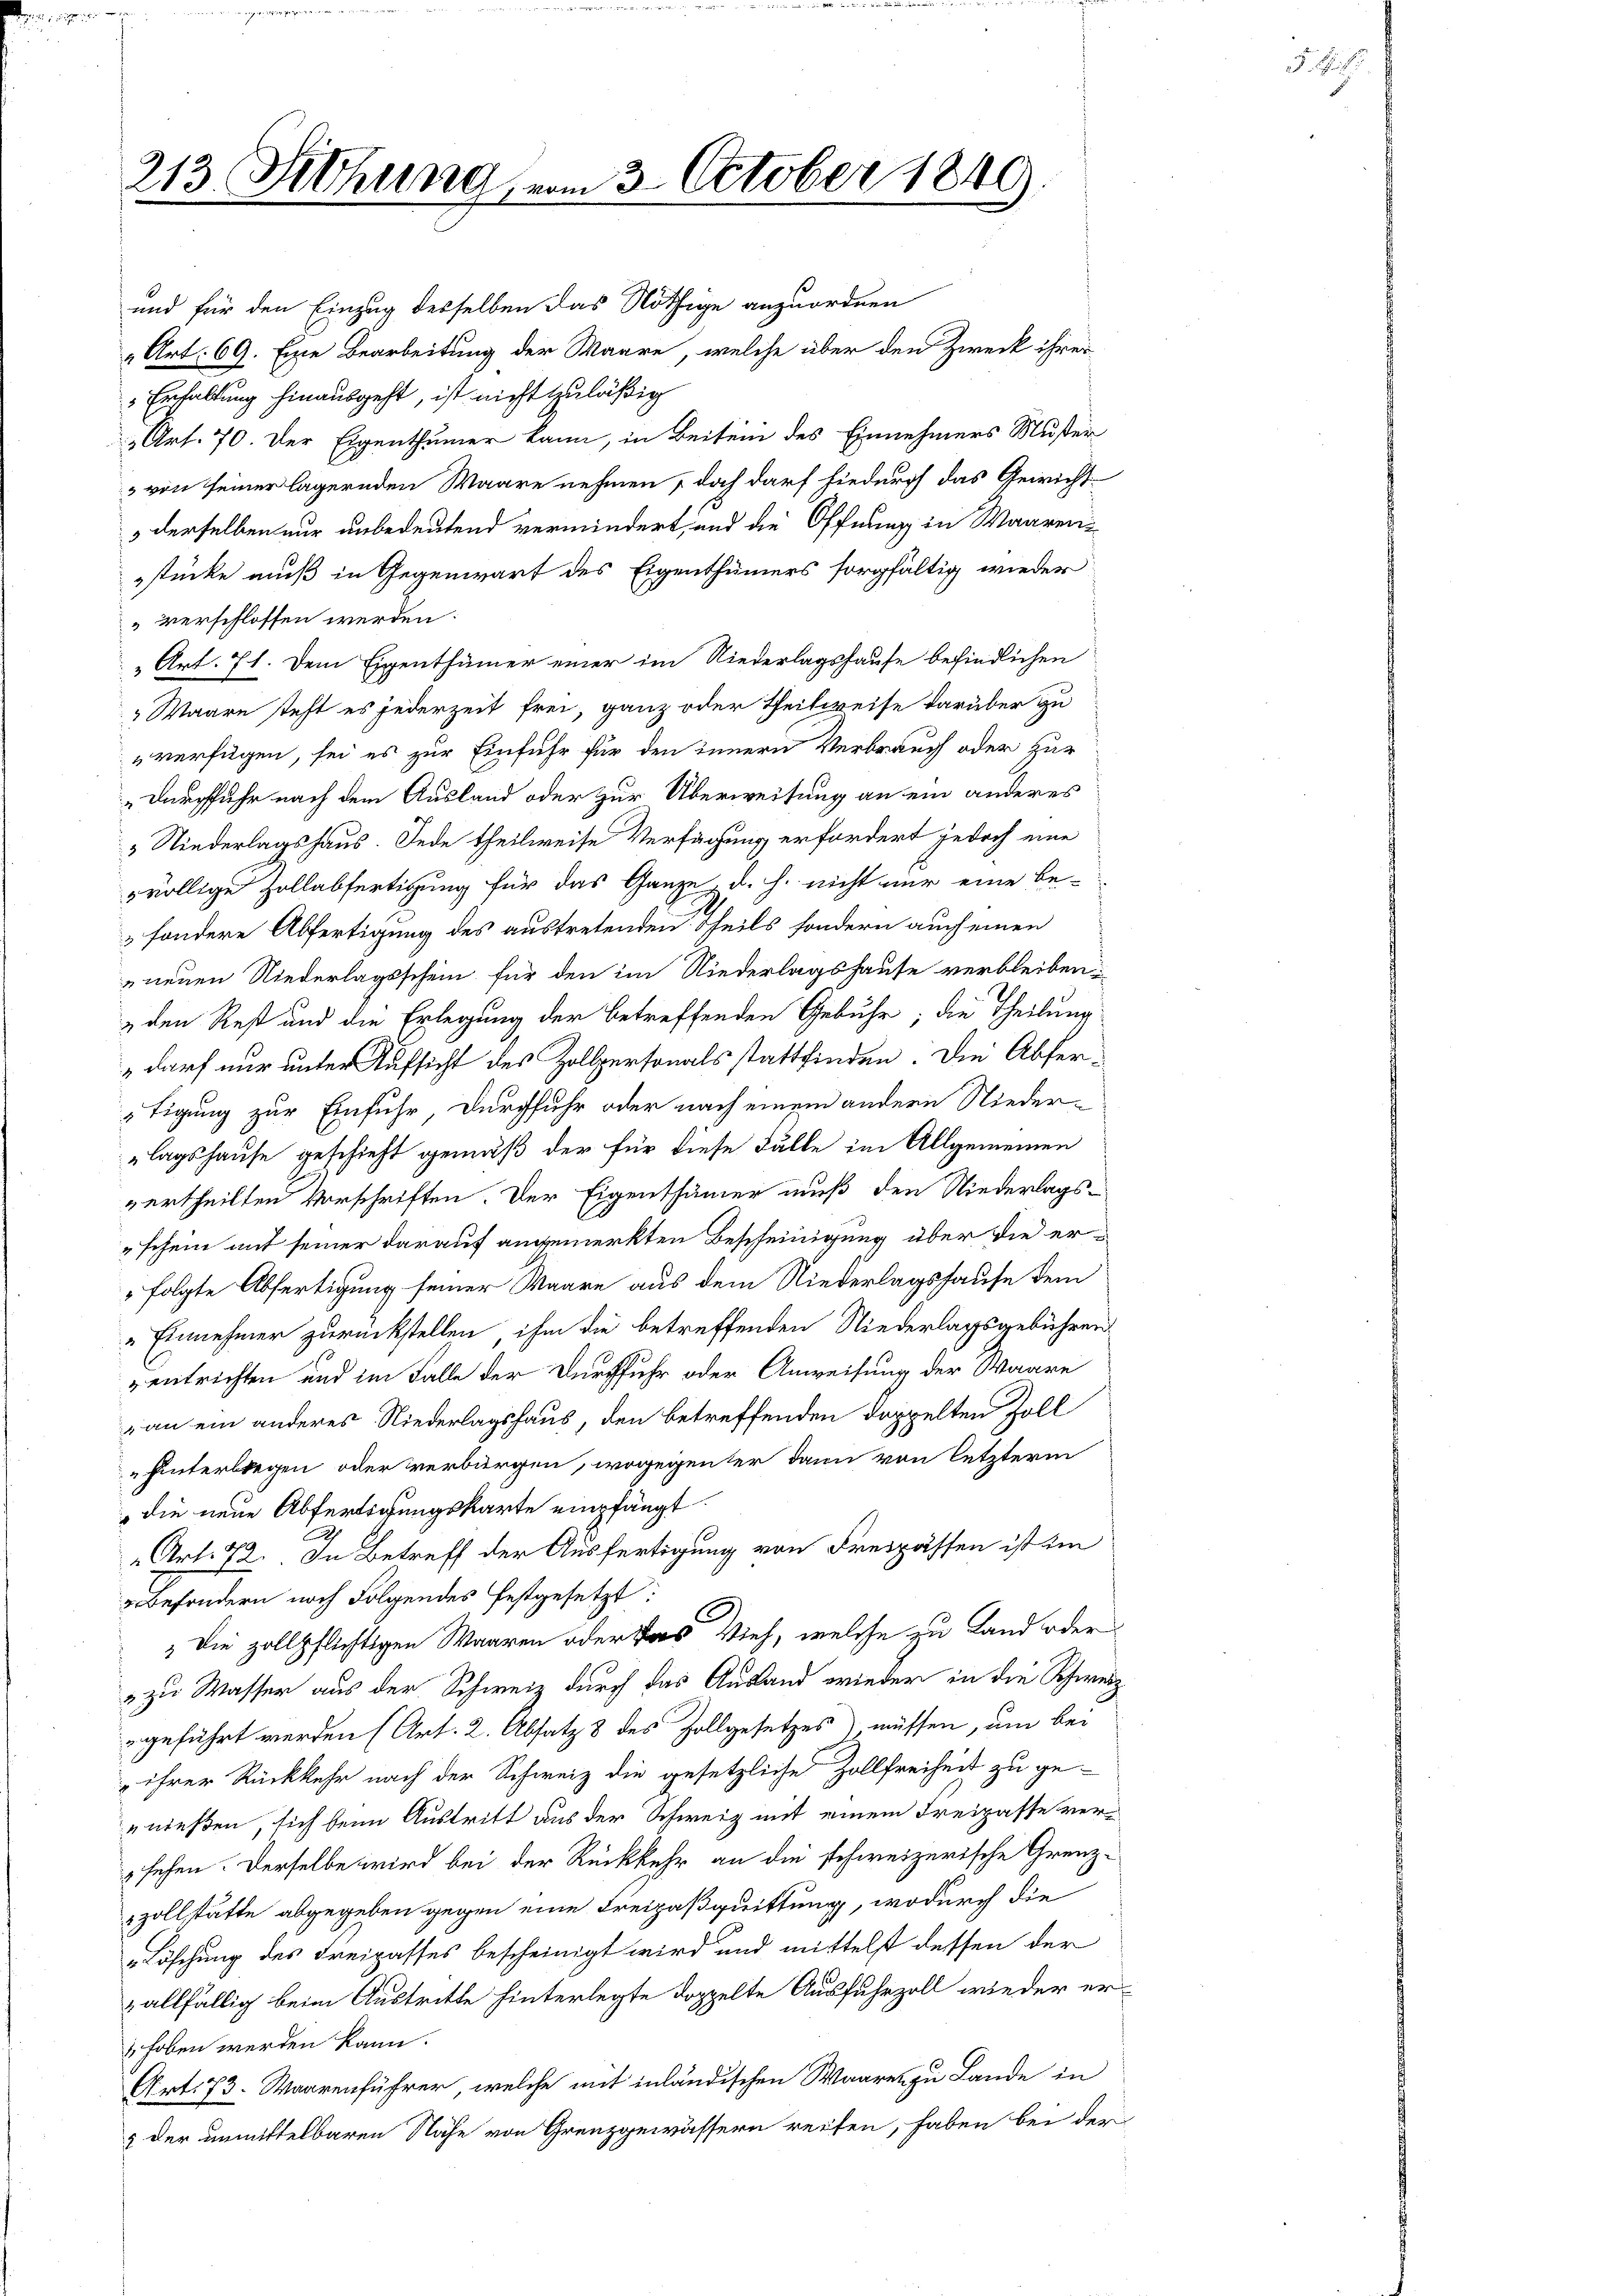
213. Sitzung

und für den Einzug desselben das Nöthige anzuordnen
„Art. 69. Eine Bearbeitung der Waare, welche über den Zweck ihrer
Erhaltung hinausgeht, ist nicht zuläßig
Art. 70. Der Eigenthümer kann, in Beitein des Einnehmers Muster
3 von seiner lägernden Waare nehmen, doch darf hiedurch das Gewicht
derselben nur unbedeutend vermindert, und die Öffnung in Waarenstücke muß in Gegenwart des Eigenthümers sorgfältig wieder
verschlossen werden:
„Art. 71. Dem Eigenthümer einer im Niederlagshause befindlichen
Waare steht es jederzeit frei, ganz oder Theilweise darüber zu
verfügen, sei es zur Einfuhr für den innern Verbrauch oder zur
„Durchfuhr nach dem Ausland oder zur Überweisung an ein anderes
 Niederlagshaus. Jede theilweise Verfügung erfordert jedoch eine
völlige Zollabfertigung für das Ganze, d. h. nicht nur eine be-
sondere Abfertigung des austretenden Theils sondern auch einen
neuen Niederlagsschein für den im Niederlagshause verbleiben:
„den Rest und die Erlegung der betreffenden Gebühr; die Theilung
„darf nur unter Aufsicht des Zollpersonalsstattfinden die Abfer-
tigung zur Einfuhr Durchfuhr oder nach einem andern Niederlagshause geschieht gemäß der für diese Fälle im Allgemeinen
vertheilten Vorschriften. Der Eigenthümer muß den Niederlags-
"schein mit seiner darauf angemerkten Bescheinigung über die erfolgte Abfertigung seiner Waare aus dem Niederlagshause dem
"Einnehmer zurückstellen, ihm die betreffenden Niederlagsgebühren
zentrichten und im Falle der Durchfuhr oder Anweisung der Waare
an ein anderes Niederlagshaus, den betreffenden doppelten Zoll
hinterliegen oder verbürgen, wogegen ter dann von letzterm
 die neue Abfertigungskarte empfängt.
.
„Art. 72. In Betreff der Ausfertigung von Freipassen ist im
besondern noch Folgendes festgesetzt:
Die zollpflichtigen Waaren oder das Vieh, welche zu Land oder
„zu Wasser aus der Schweiz durch das Ausland wieder in die Schweiz
geführt werden (Art. 2. Absatz 3 des Zollgesetzes müssen, um bei
ihrer Rückkehr nach der Schweiz die gesetzliche Zollfreiheit zu ge-
enießen, sich beim Austritt aus der Schweiz mit einem Freipasse versehen. Derselbe wird bei der Rückkehr an die schweizerische Grenz-
zollstätte abgegeben gegen eine Freizaßquittung, wodurch die
Löschung des Freipasses bescheinigt wird und mittelst dessen der
allfällig beim Austritte hinterlegte doppelte Ausfuhrzoll wieder er¬
 hoben werden kann.
Art. 73. Waarenführer, welche mit inländischen Waaren zu Lande in
3 der unmittelbaren Nähe von Grenzgewässern reifen, haben bei der

vom 3. October 1840